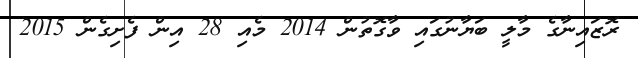
ރޮޒައިނާގެ މާލީ ބަޔާނުގައި ވާގޮތުން 2014 މެއި 28 އިން ފެށިގެން 2015